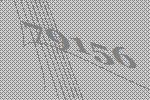
79156